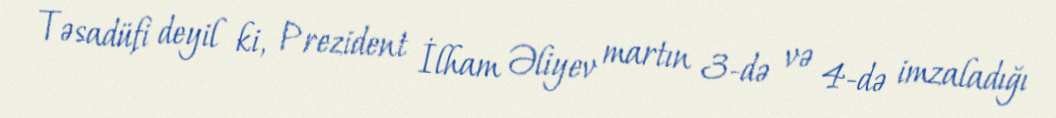
Təsadüfi deyil ki, Prezident İlham Əliyev martın 3-də və 4-də imzaladığı